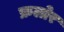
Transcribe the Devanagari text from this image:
फ्रलोर